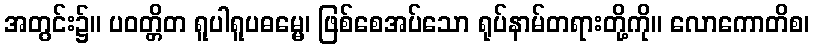
အတွင်း၌။ ပဝတ္တိတ ရူပါရူပဓမ္မေ၊ ဖြစ်စေအပ်သော ရုပ်နာမ်တရားတို့ကို။ လောကောတိစ၊